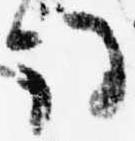
詞